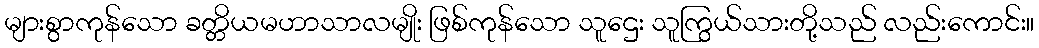
များစွာကုန်သော ခတ္တိယမဟာသာလမျိုး ဖြစ်ကုန်သော သူဌေး သူကြွယ်သားတို့သည် လည်းကောင်း။